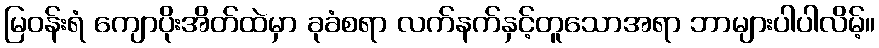
မြဝန်းရံ ကျောပိုးအိတ်ထဲမှာ ခုခံစရာ လက်နက်နှင့်တူသောအရာ ဘာများပါပါလိမ့်။